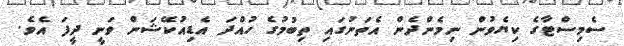
ސެމިސްޓާގެ ކިޔެވުން ނިމެންދެން އެތަނުގައި ތިބުމުގެ ހުއްދަ އެޑިއުކޭޝަން ވަނީ ދީފަ އެވެ.